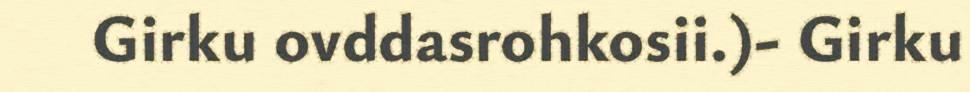
Girku ovddasrohkosii.)- Girku